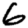
Digit: 6